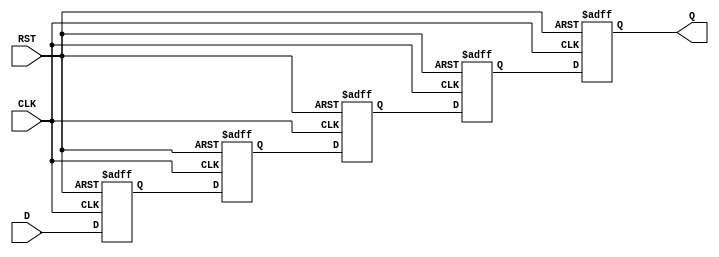
module pipeline_buffer #(
    parameter DATA_WIDTH = 8,  // Width of data bus
    parameter DEPTH = 4         // Number of pipeline stages
)(
    input wire [DATA_WIDTH-1:0] D,     // Data input
    input wire CLK,                     // Clock signal
    input wire RST,                     // Asynchronous reset
    output reg [DATA_WIDTH-1:0] Q      // Data output
);

    // Internal registers to hold data at each stage
    reg [DATA_WIDTH-1:0] buffer [0:DEPTH-1];

    integer i;

    always @(posedge CLK or posedge RST) begin
        if (RST) begin
            // Reset all stages of the pipeline
            for (i = 0; i < DEPTH; i = i + 1) begin
                buffer[i] <= {DATA_WIDTH{1'b0}};
            end
            Q <= {DATA_WIDTH{1'b0}};
        end else begin
            // Shift data through the pipeline
            buffer[0] <= D; // Load new data into the first stage
            for (i = 1; i < DEPTH; i = i + 1) begin
                buffer[i] <= buffer[i - 1]; // Shift data to the next stage
            end
            Q <= buffer[DEPTH - 1]; // Output from the last stage
        end
    end

endmodule